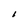
Character: I